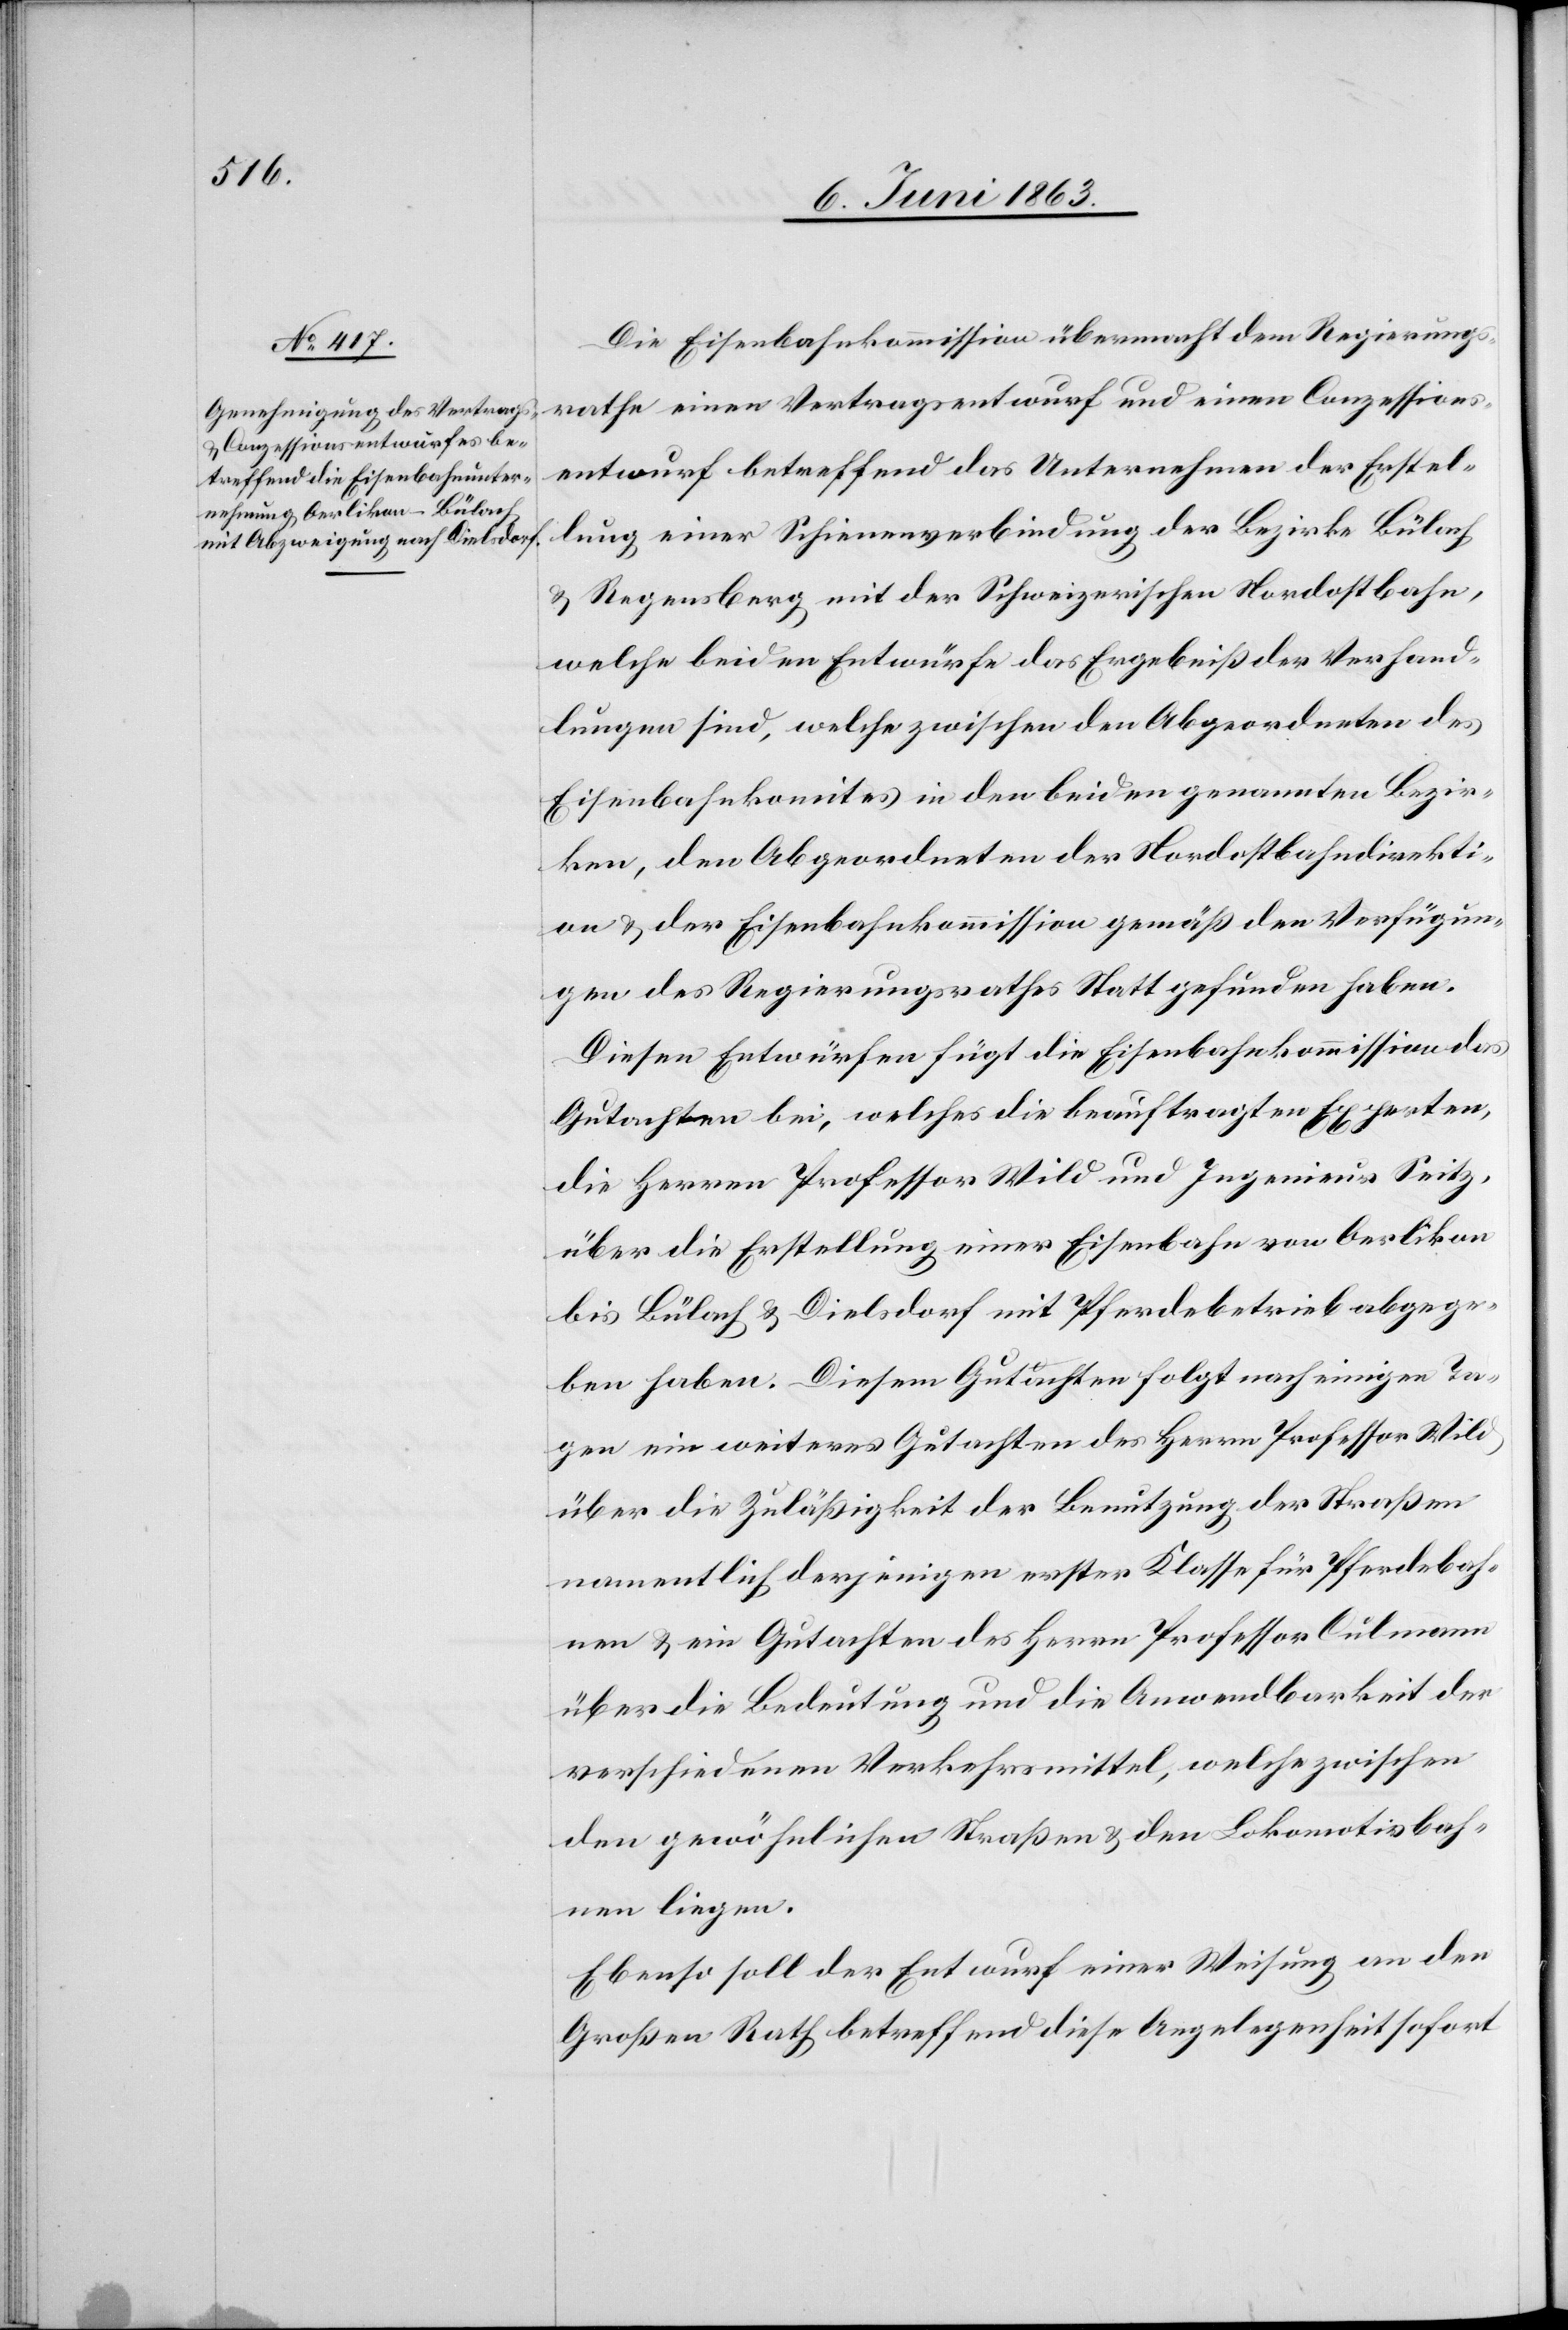
Die Eisenbahnkommission übermacht dem Regierungs¬
rathe einen Vertragsentwurf und einen Conzessions¬
entwurf betreffend das Unternehmen der Erstel¬
lung einer Schienenverbindung der Bezirke Bülach
& Regensberg mit der Schweizerischen Nordostbahn,
welche beiden Entwürfe das Ergebniß der Verhand¬
lungen sind, welche zwischen den Abgeordneten des
Eisenbahnkomites in den beiden genannten Bezir¬
ken, den Abgeordneten der Nordostbahndirekti¬
on & der Eisenbahnkommission gemäß den Verfügun¬
gen des Regierungsrathes Statt gefunden haben.
Diesen Entwürfen fügt die Eisenbahnkommission das
Gutachten bei, welches die beauftragten Experten,
die Herren Professor Wild und Ingenieur Seitz,
über die Erstellung einer Eisenbahn von Oerlikon
bis Bülach & Dielsdorf mit Pferdebetrieb abgege¬
ben haben. Diesem Gutachten folgt nach einigen Ta¬
gen ein weiteres Gutachten des Herrn Professor Wild
über die Zuläßigkeit der Benutzung der Straßen
namentlich derjenigen erster Klasse für Pferdebah¬
nen & ein Gutachten des Herrn Professor Culmann
über die Bedeutung und die Anwendbarkeit der
verschiedenen Verkehrsmittel, welche zwischen
den gewöhnlichen Straßen & den Lokomotivbah¬
nen liegen.
Ebenso soll der Entwurf einer Weisung an den
Großen Rath betreffend diese Angelegenheit sofort